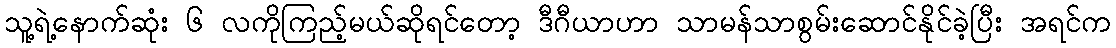
သူ့ရဲ့နောက်ဆုံး ၆ လကိုကြည့်မယ်ဆိုရင်တော့ ဒီဂီယာဟာ သာမန်သာစွမ်းဆောင်နိုင်ခဲ့ပြီး အရင်က